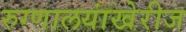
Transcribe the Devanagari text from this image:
रुग्णालयांखेरीज